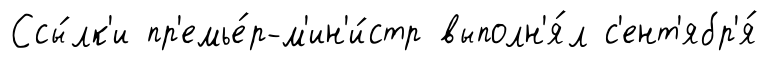
Ссы́лк'и пр'емье́р-м'ин'и́стр выполн'я́л с'ент'ябр'я́